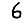
Digit: 6